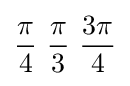
{\pi  \over 4}\ {\pi  \over 3}\ {3\pi  \over 4}